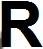
R